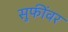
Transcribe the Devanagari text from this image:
सुफींवर